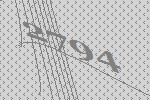
2794